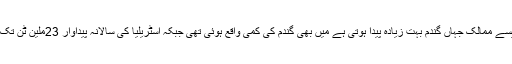
اسٹریلیا جیسے ممالک جہاں گندم بہت زیادہ پیدا ہوتی ہے میں بھی گندم کی کمی واقع ہوئی تھی جبکہ اسٹریلیا کی سالانہ پیداوار 23ملین ٹن تک ہوتی ہے۔